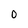
Character: O